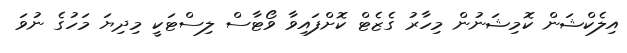
އިލެކްޝަން ކޮމިޝަނުން މިހާރު ގެޒެޓް ކޮށްފައިވާ ވޯޓާސް ލިސްޓަކީ މިދިޔަ މަހުގެ ނުވަ